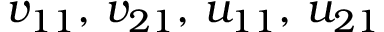
v _ { 1 1 } , \, v _ { 2 1 } , \, u _ { 1 1 } , \, u _ { 2 1 }